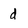
Character: d